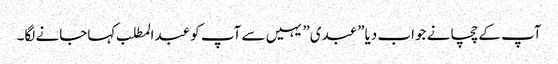
آپ کے چچا نے جواب دیا”عبدی” یہیں سے آپ کو عبدالمطلب کہاجانے لگا۔